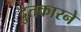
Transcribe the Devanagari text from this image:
दुतकारने